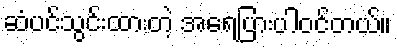
ဆံပင်သွင်းထားတဲ့ အရေပြားပါဝင်တယ်။